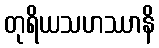
တုရိယသဟဿာနိ